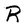
Character: R